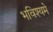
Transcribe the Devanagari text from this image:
भविश्यमे